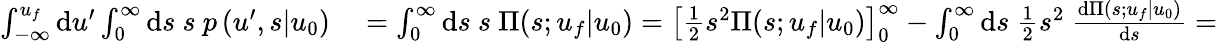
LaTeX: \begin{array}{rl}{\int_{-\infty}^{u_{f}}\mathrm{d}u^{\prime}\int_{0}^{\infty}\mathrm{d}s\ s\ p\left(\left.u^{\prime},s\right|u_{0}\right)}&{{}=\int_{0}^{\infty}\mathrm{d}s\ s\ \Pi(s;u_{f}|u_{0})=\left[\frac{1}{2}s^{2}\Pi(s;u_{f}|u_{0})\right]_{0}^{\infty}-\int_{0}^{\infty}\mathrm{d}s\ \frac{1}{2}s^{2}\ \frac{\mathrm{d}\Pi(s;u_{f}|u_{0})}{\mathrm{d}s}=}\end{array}